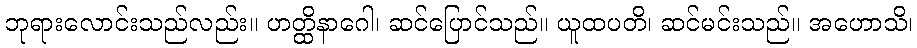
ဘုရားလောင်းသည်လည်း။ ဟတ္ထိနာဂေါ၊ ဆင်ပြောင်သည်။ ယူထပတိ၊ ဆင်မင်းသည်။ အဟောသိ၊